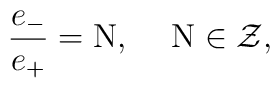
\frac{e_{-}}{e_{+}} = {\rm N},\hspace{5 mm}{\rm N} \in \cal Z,